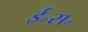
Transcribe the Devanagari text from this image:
ई॰स॰